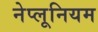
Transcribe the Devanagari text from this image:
नेप्लूनियम